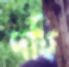
দহি